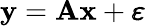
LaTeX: \mathbf{y}=\mathbf{A}\mathbf{x}+\pmb\varepsilon